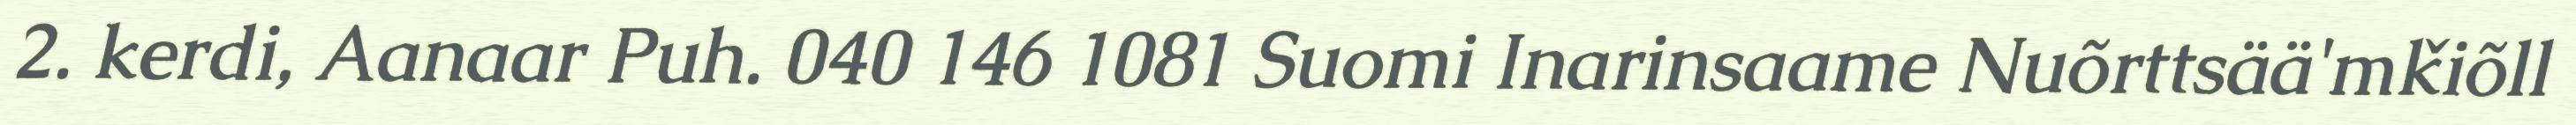
2. kerdi, Aanaar Puh. 040 146 1081 Suomi Inarinsaame Nuõrttsää'mǩiõll